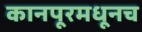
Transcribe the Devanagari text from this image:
कानपूरमधूनच